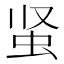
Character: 𰲮